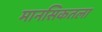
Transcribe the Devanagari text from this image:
मानसिकतला